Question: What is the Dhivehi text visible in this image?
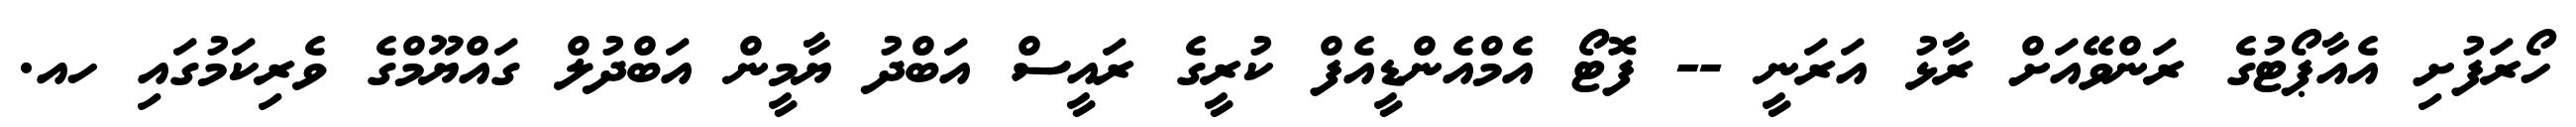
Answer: ހޯރަފުށި އެއާޕޯޓުގެ ރަންވޭއަށް ރާޅު އަރަނީ -- ފޮޓޯ އެމްއެންޑީއެފް ކުރީގެ ރައީސް އަބްދު ޔާމީން އަބްދުލް ގައްޔޫމްގެ ވެރިކަމުގައި ހއ.